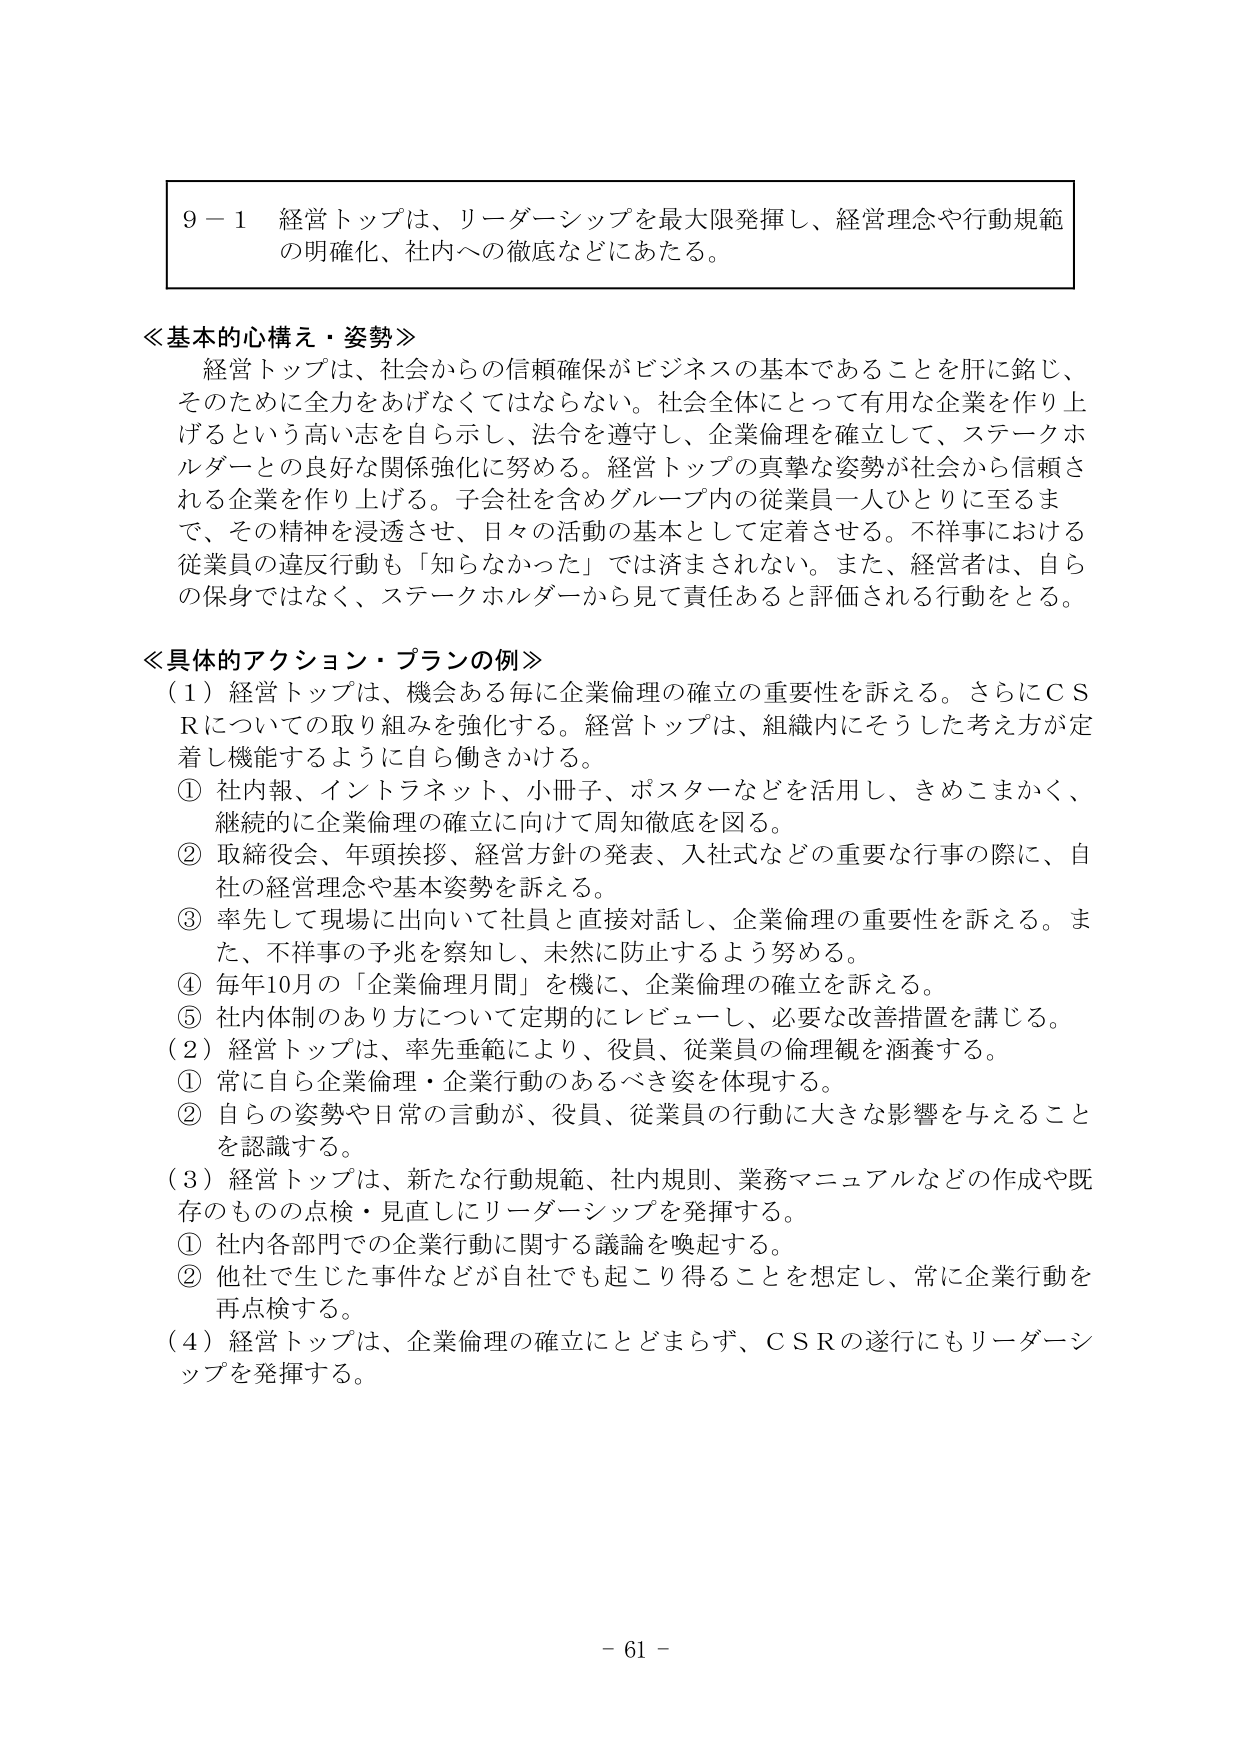
９－１ 経営トップは、リーダーシップを最大限発揮し、経営理念や行動規範の明確化、社内への徹底などにあたる。

≪基本的心構え・姿勢≫
経営トップは、社会からの信頼確保がビジネスの基本であることを肝に銘じ、そのためには全力をあげなくてはならない。社会全体にとって有用な企業を作り上げるという高い志を自ら示し、法令を遵守し、企業倫理を確立して、ステークホルダーとの良好な関係強化に努める。経営トップの真摯な姿勢が社会から信頼される企業を作り上げる。子会社を含めグループ内の従業員一人ひとりに至るまで、その精神を浸透させ、日々の活動の基本として定着させる。不祥事における従業員の違反行動も「知らなかった」では済まされない。また、経営者は、自らの保身ではなく、ステークホルダーから見て責任あると評価される行動をとる。

≪具体的アクション・プランの例≫
（１）経営トップは、機会ある毎に企業倫理の確立の重要性を訴える。さらにＣＳＲについての取り組みを強化する。経営トップは、組織内にそうした考え方が定着し機能するように自ら働きかける。
① 社内報、インターネット、小冊子、ポスターなどを活用し、きめこまかく、継続的に企業倫理の確立に向けて周知徹底を図る。
② 取締役会、年頭挨拶、経営方針の発表、入社式などの重要な行事の際に、自社の経営理念や基本姿勢を訴える。
③ 率先して現場に出向いて社員と直接対話し、企業倫理の重要性を訴える。また、不祥事の予兆を察知し、未然に防止するよう努める。
④ 毎年10月の「企業倫理月間」を機に、企業倫理の確立を訴える。
⑤ 社内体制のあり方について定期的にレビューし、必要な改善措置を講じる。
（２）経営トップは、率先垂範により、役員、従業員の倫理観を涵養する。
① 常に自ら企業倫理・企業行動のあるべき姿を体現する。
② 自らの姿勢や日常の言動が、役員、従業員の行動に大きな影響を与えることを認識する。
（３）経営トップは、新たな行動規範、社内規則、業務マニュアルなどの作成や既存のものの点検・見直しにリーダーシップを発揮する。
① 社内各部門での企業行動に関する議論を喚起する。
② 他社で生じた事件などが自社でも起こり得ることを想定し、常に企業行動を再点検する。
（４）経営トップは、企業倫理の確立にとどまらず、ＣＳＲの遂行にもリーダーシップを発揮する。

－ 61 －